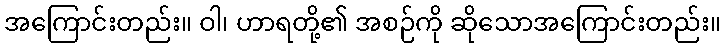
အကြောင်းတည်း။ ဝါ၊ ဟာရတို့၏ အစဉ်ကို ဆိုသောအကြောင်းတည်း။